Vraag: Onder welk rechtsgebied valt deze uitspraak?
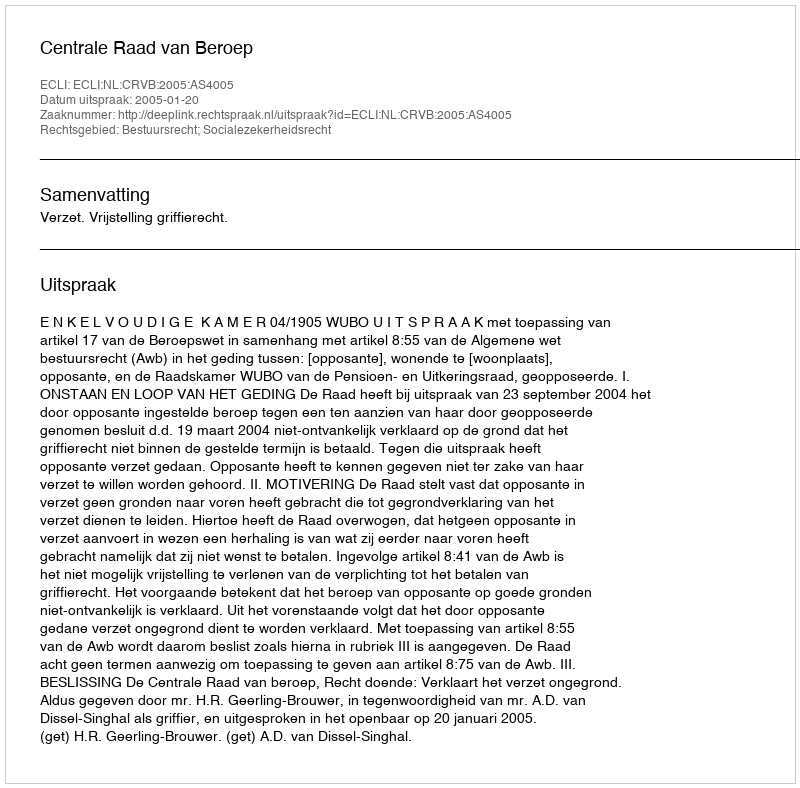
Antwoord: Bestuursrecht; Socialezekerheidsrecht